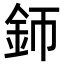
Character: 𨥚